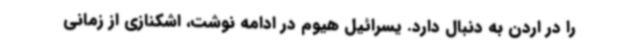
را در اردن به دنبال دارد. یسرائیل هیوم در ادامه نوشت، اشکنازی از زمانی